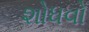
શોધવો